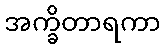
အက္ခိတာရကာ